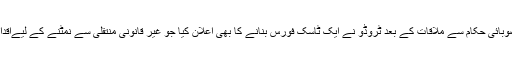
کیوبیک کے صوبائی حکام سے ملاقات کے بعد ٹروڈو نے ایک ٹاسک فورس بنانے کا بھی اعلان کیا جو غیر قانونی منتقلی سے نمٹنے کے لیےاقدامات کرے گی۔